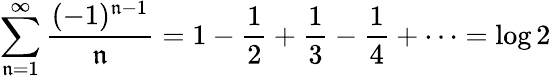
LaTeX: \sum_{\mathfrak{n}=1}^{\infty}{\frac{{(-1)^{\mathfrak{n}-1}}}{{\mathfrak{n}}}}=1-{\frac{{1}}{{2}}}+{\frac{{1}}{{3}}}-{\frac{{1}}{{4}}}+\cdots=\log2